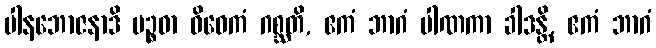
ပါနဘောဇနာဒိ ပဉ္စဓာ ဝိဝေကံ ဂစ္ဆတိ, ဧကံ ဘာဂံ ပါဏကာ ခါဒန္တိ, ဧကံ ဘာဂံ